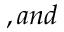
, a n d